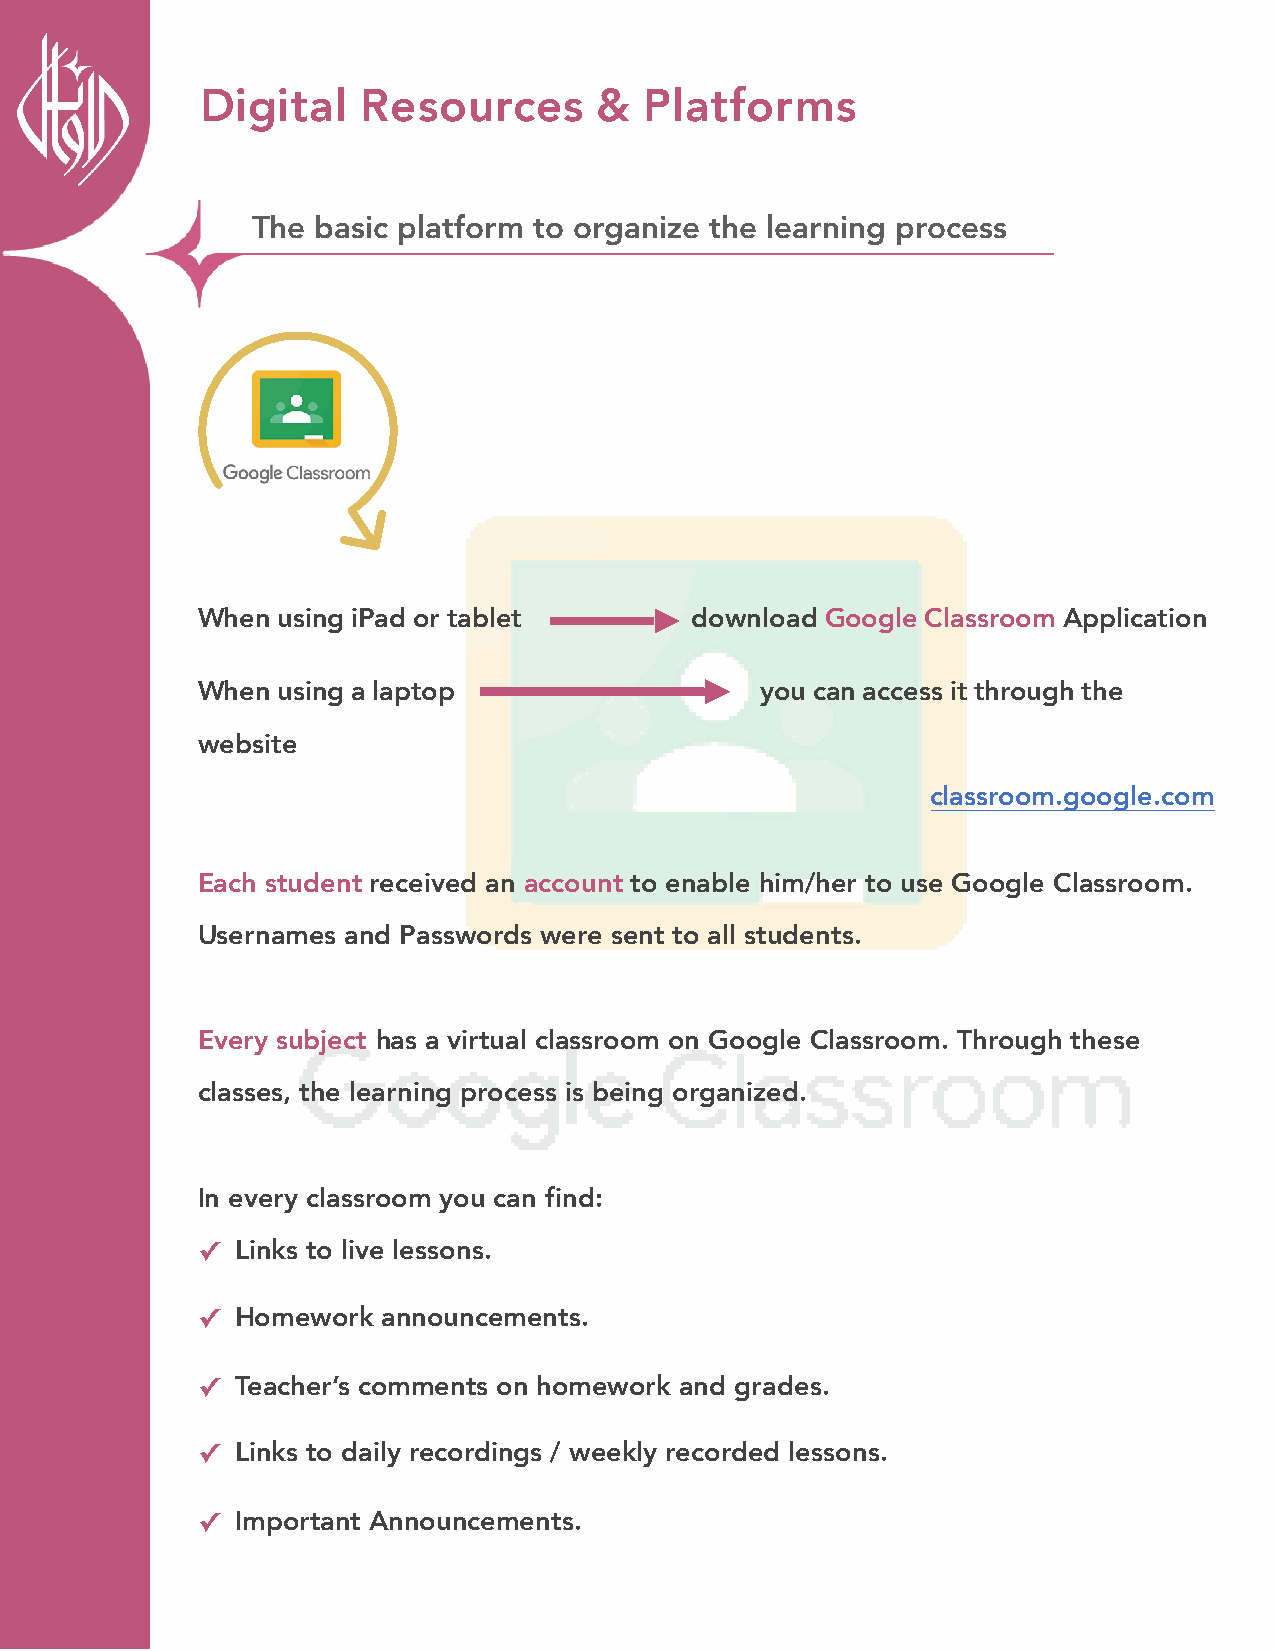
Digital    Resources       &  Platforms
 The basic platform to organize the learning process
 When using iPad or tablet        download Google Classroom Application
 When using a laptop                  you can access it through the
 website
 classroom.google.com
 Each student received an account to enable him/her to use Google Classroom.
 Usernames and Passwords were sent to all students.
 Every subject has a virtual classroom on Google Classroom. Through these
 classes, the learning process is being organized.
 In every classroom you can find:
 ✓  Links to live lessons.
 ✓  Homework announcements.
 ✓  Teacher’s comments on homework and grades.
 ✓  Links to daily recordings / weekly recorded lessons.
 ✓  Important Announcements.